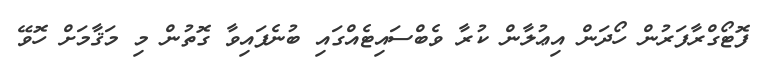
ފޮޓޯގްރާފަރުން ހޯދަން އިޢުލާން ކުރާ ވެބްސައިޓެއްގައި ބުނެފައިވާ ގޮތުން މި މަޤާމަށް ހޮވޭ